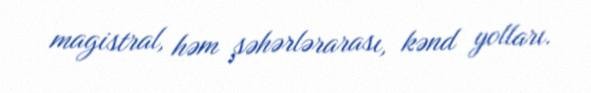
magistral, həm şəhərlərarası, kənd yolları.